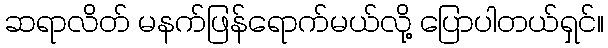
ဆရာလိတ် မနက်ဖြန်ရောက်မယ်လို့ ပြောပါတယ်ရှင်။